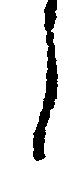
う